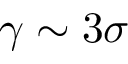
\gamma \sim 3 \sigma